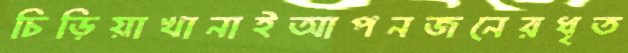
চিড়িয়াখানাইআপনজনেরধৃত